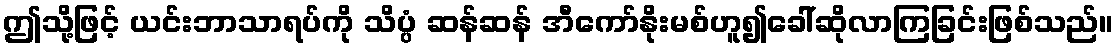
ဤသို့ဖြင့် ယင်းဘာသာရပ်ကို သိပ္ပံ ဆန်ဆန် အီကော်နိုးမစ်ဟူ၍ခေါ်ဆိုလာကြခြင်းဖြစ်သည်။